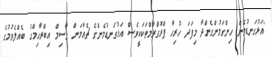
"އަޅުގަނޑުމެން ހިންގަމުންގެންދާ މިފަދަ ހުރިހާ ޕްރޮގްރާމްތަކަކީވެސް އަޅުގަނޑުމެންގެ ޗެއާމަން ގާސިމް އިބްރާހިމްގެ ބެއްލެވުމުގެ